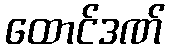
ထောင်ဒဏ်